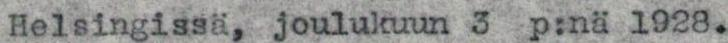
Helsingissä, joulukuun 3 p:nä 1928.